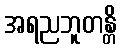
အရညဘူတန္တိ